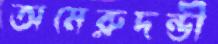
অমেরুদন্ডী